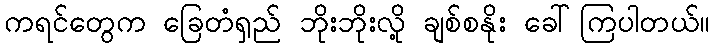
ကရင်တွေက ခြေတံရှည် ဘိုးဘိုးလို့ ချစ်စနိုး ခေါ်ကြပါတယ်။